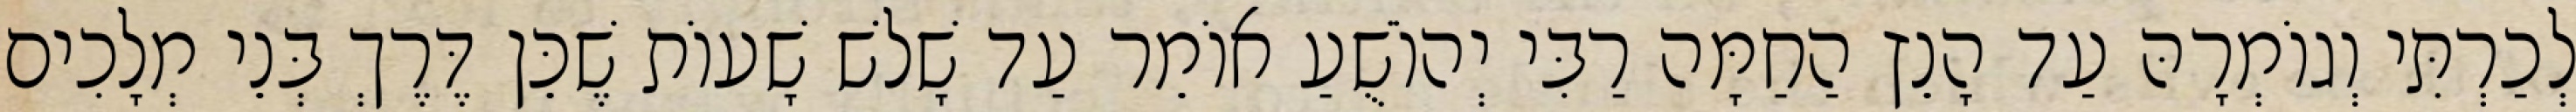
לְכַרְתִּי וְגוֹמְרָהּ עַד הָנֵץ הַחַמָּה רַבִּי יְהוֹשֻׁעַ אוֹמֵר עַד שָׁלֹשׁ שָׁעוֹת שֶׁכֵּן דֶּרֶךְ בְּנֵי מְלָכִים